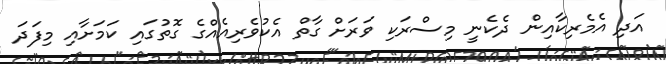
އަދި އެމެރިކާއިން ދެކެނީ މިސްރަކި ވަރަށް ގާތް އެކުވެރިއެއްގެ ގޮތުގައި ކަމަށާއި މިފަދަ